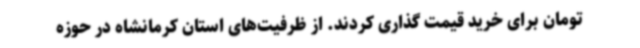
تومان برای خرید قیمت گذاری کردند. از ظرفیت‌های استان کرمانشاه در حوزه